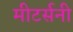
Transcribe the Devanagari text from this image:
मीटर्सनी